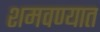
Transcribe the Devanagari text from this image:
शमवण्यात